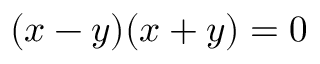
( x - y ) ( x + y ) = 0